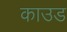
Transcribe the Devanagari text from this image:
काउड